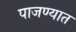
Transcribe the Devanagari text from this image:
पाजण्यात